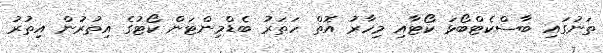
ތަނުގައި ބާސްކެޓްބޯޅަ ކޯޓާއި މިހާރު އޮތް ހަތަރު ބެޑްމިންޓަން ކޯޓުގެ އިތުރުން އިތުރު